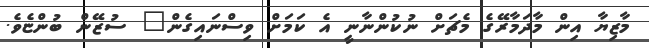
މާޒިޔާ އިން މާދަމާރޭގެ މެޗަށް ނުކުންނާނީ އެ ކަމަށް ވިސްނައިގެން" ސުޒޭން ބުންޏެވެ.